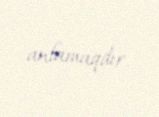
anlamaqdır.